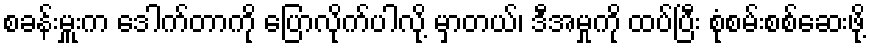
စခန်းမှူးက ဒေါက်တာကို ပြောလိုက်ပါလို့ မှာတယ်၊ ဒီအမှုကို ထပ်ပြီး စုံစမ်းစစ်ဆေးဖို့